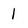
Character: 1